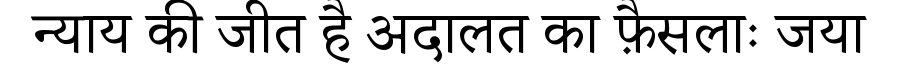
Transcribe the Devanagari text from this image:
न्याय की जीत है अदालत का फ़ैसलाः जया